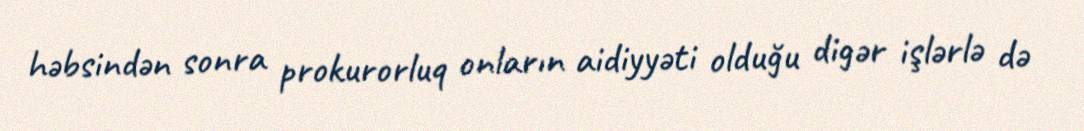
həbsindən sonra prokurorluq onların aidiyyəti olduğu digər işlərlə də